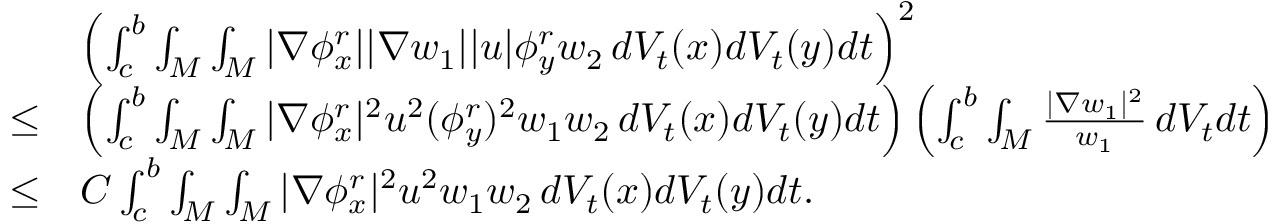
\begin{array} { r l } & { \left( \int _ { c } ^ { b } \int _ { M } \int _ { M } | \nabla \phi _ { x } ^ { r } | | \nabla w _ { 1 } | | u | \phi _ { y } ^ { r } w _ { 2 } \, d V _ { t } ( x ) d V _ { t } ( y ) d t \right) ^ { 2 } } \\ { \le } & { \left( \int _ { c } ^ { b } \int _ { M } \int _ { M } | \nabla \phi _ { x } ^ { r } | ^ { 2 } u ^ { 2 } ( \phi _ { y } ^ { r } ) ^ { 2 } w _ { 1 } w _ { 2 } \, d V _ { t } ( x ) d V _ { t } ( y ) d t \right) \left( \int _ { c } ^ { b } \int _ { M } \frac { | \nabla w _ { 1 } | ^ { 2 } } { w _ { 1 } } \, d V _ { t } d t \right) } \\ { \le } & { C \int _ { c } ^ { b } \int _ { M } \int _ { M } | \nabla \phi _ { x } ^ { r } | ^ { 2 } u ^ { 2 } w _ { 1 } w _ { 2 } \, d V _ { t } ( x ) d V _ { t } ( y ) d t . } \end{array}